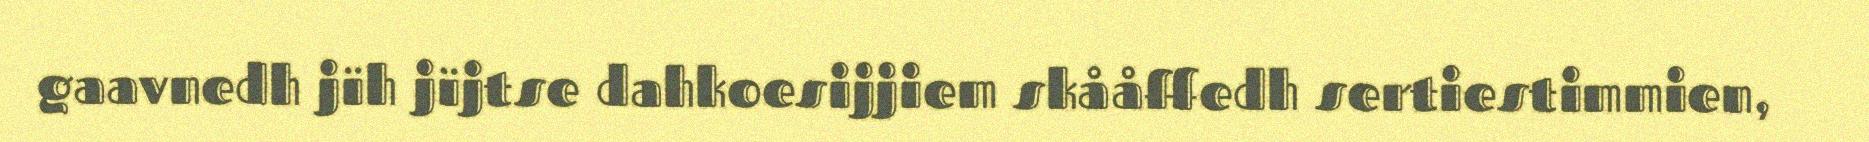
gaavnedh jïh jïjtse dahkoesijjiem skååffedh sertiestimmien,